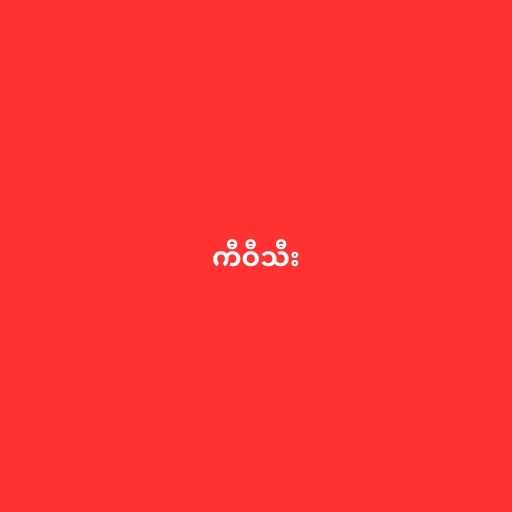
ကီဝီသီး